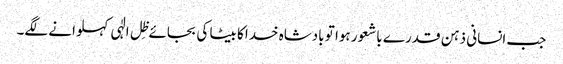
جب انسانی ذہن قدرے باشعور ہوا تو بادشاہ خدا کا بیٹا کی بجائے ظِل الٰہی کہلوانے لگے۔